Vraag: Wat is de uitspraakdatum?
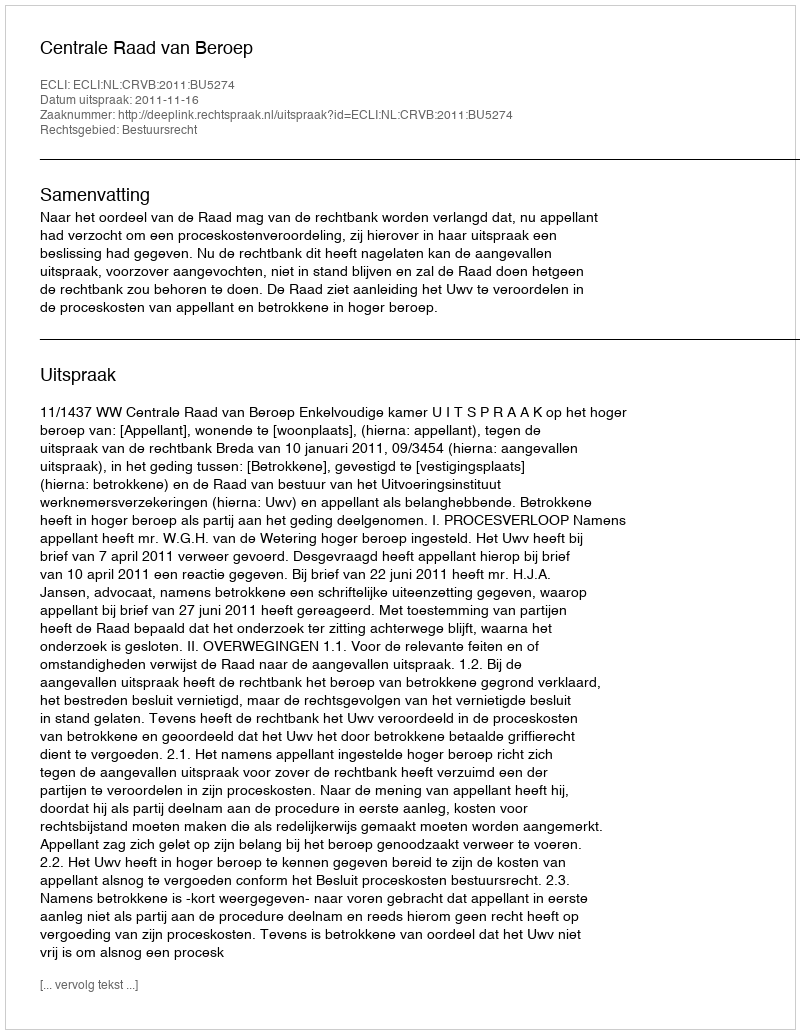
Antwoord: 2011-11-16